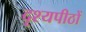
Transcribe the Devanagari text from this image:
दृश्यपीठों